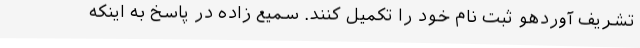
تشریف آوردهو ثبت نام خود را تکمیل کنند. سمیع زاده در پاسخ به اینکه